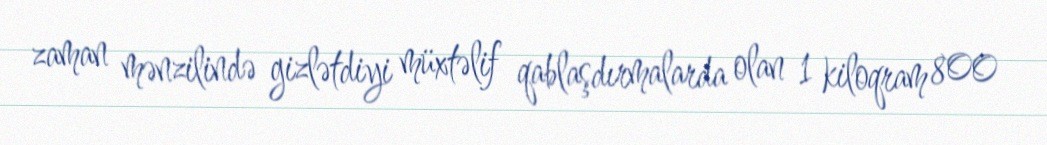
zaman mənzilində gizlətdiyi müxtəlif qablaşdırmalarda olan 1 kiloqram 800